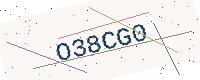
Text: O38CG0